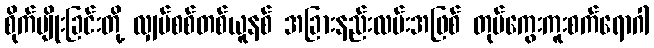
စိုက်ပျိုးခြင်းတို့ လျှပ်စစ်တစ်ယူနစ် အခြားနည်းလမ်းအဖြစ် တုပ်ကွေးကူးစက်ရောဂါ